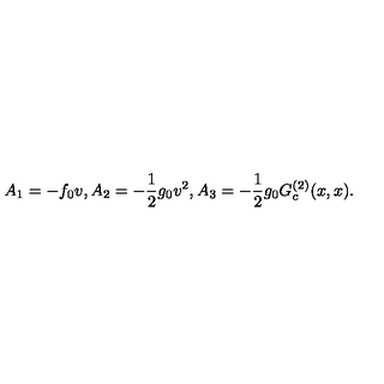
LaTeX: A _ { 1 } = - f _ { 0 } v , A _ { 2 } = - \frac { 1 } { 2 } g _ { 0 } v ^ { 2 } , A _ { 3 } = - \frac { 1 } { 2 } g _ { 0 } G _ { c } ^ { ( 2 ) } ( x , x ) .